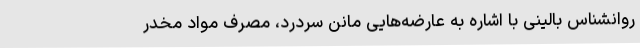
روانشناس بالینی با اشاره به عارضه‌هایی مانن سردرد، مصرف مواد مخدر